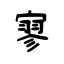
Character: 寥